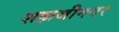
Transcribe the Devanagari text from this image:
शहाजीनगर